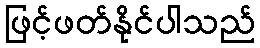
ဖြင့်ဖတ်နိုင်ပါသည်